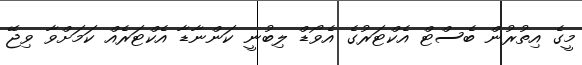
މީގެ އިތުރުން ބެސްޓްް އެކްޓަރުގެ އެވޯޑް ލިބުނީ ކަންނާޑާ އެކްޓަރެއް ކަމަށްވާ ވިޖޭ